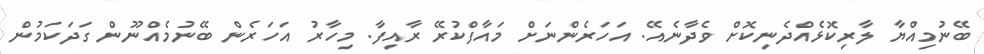
ބޭނުމިއްޔާ ލާރިކޮޅެއްދެނިކޮށް ވެދާނެއޭ. އަހަރެންނަށް މައާފްކުރޭ ރާއިފާ. މިހާރު އަހަރެން ބޭނުމެއްނޫން ގަދަކަމުން